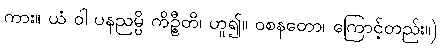
ကား။ ယံ ဝါ ပနညမ္ပိ ကိဉ္စီတိ၊ ဟူ၍။ ဝစနတော၊ ကြောင့်တည်း။)